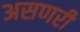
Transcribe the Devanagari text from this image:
असणरी